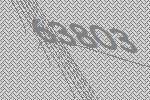
63803